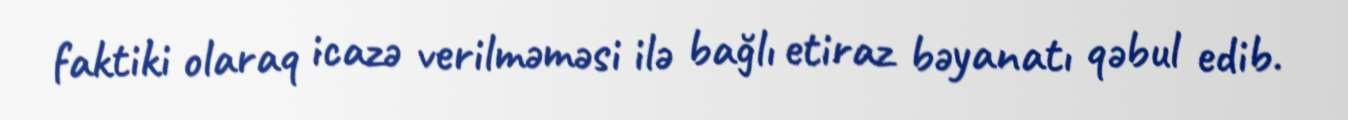
faktiki olaraq icazə verilməməsi ilə bağlı etiraz bəyanatı qəbul edib.